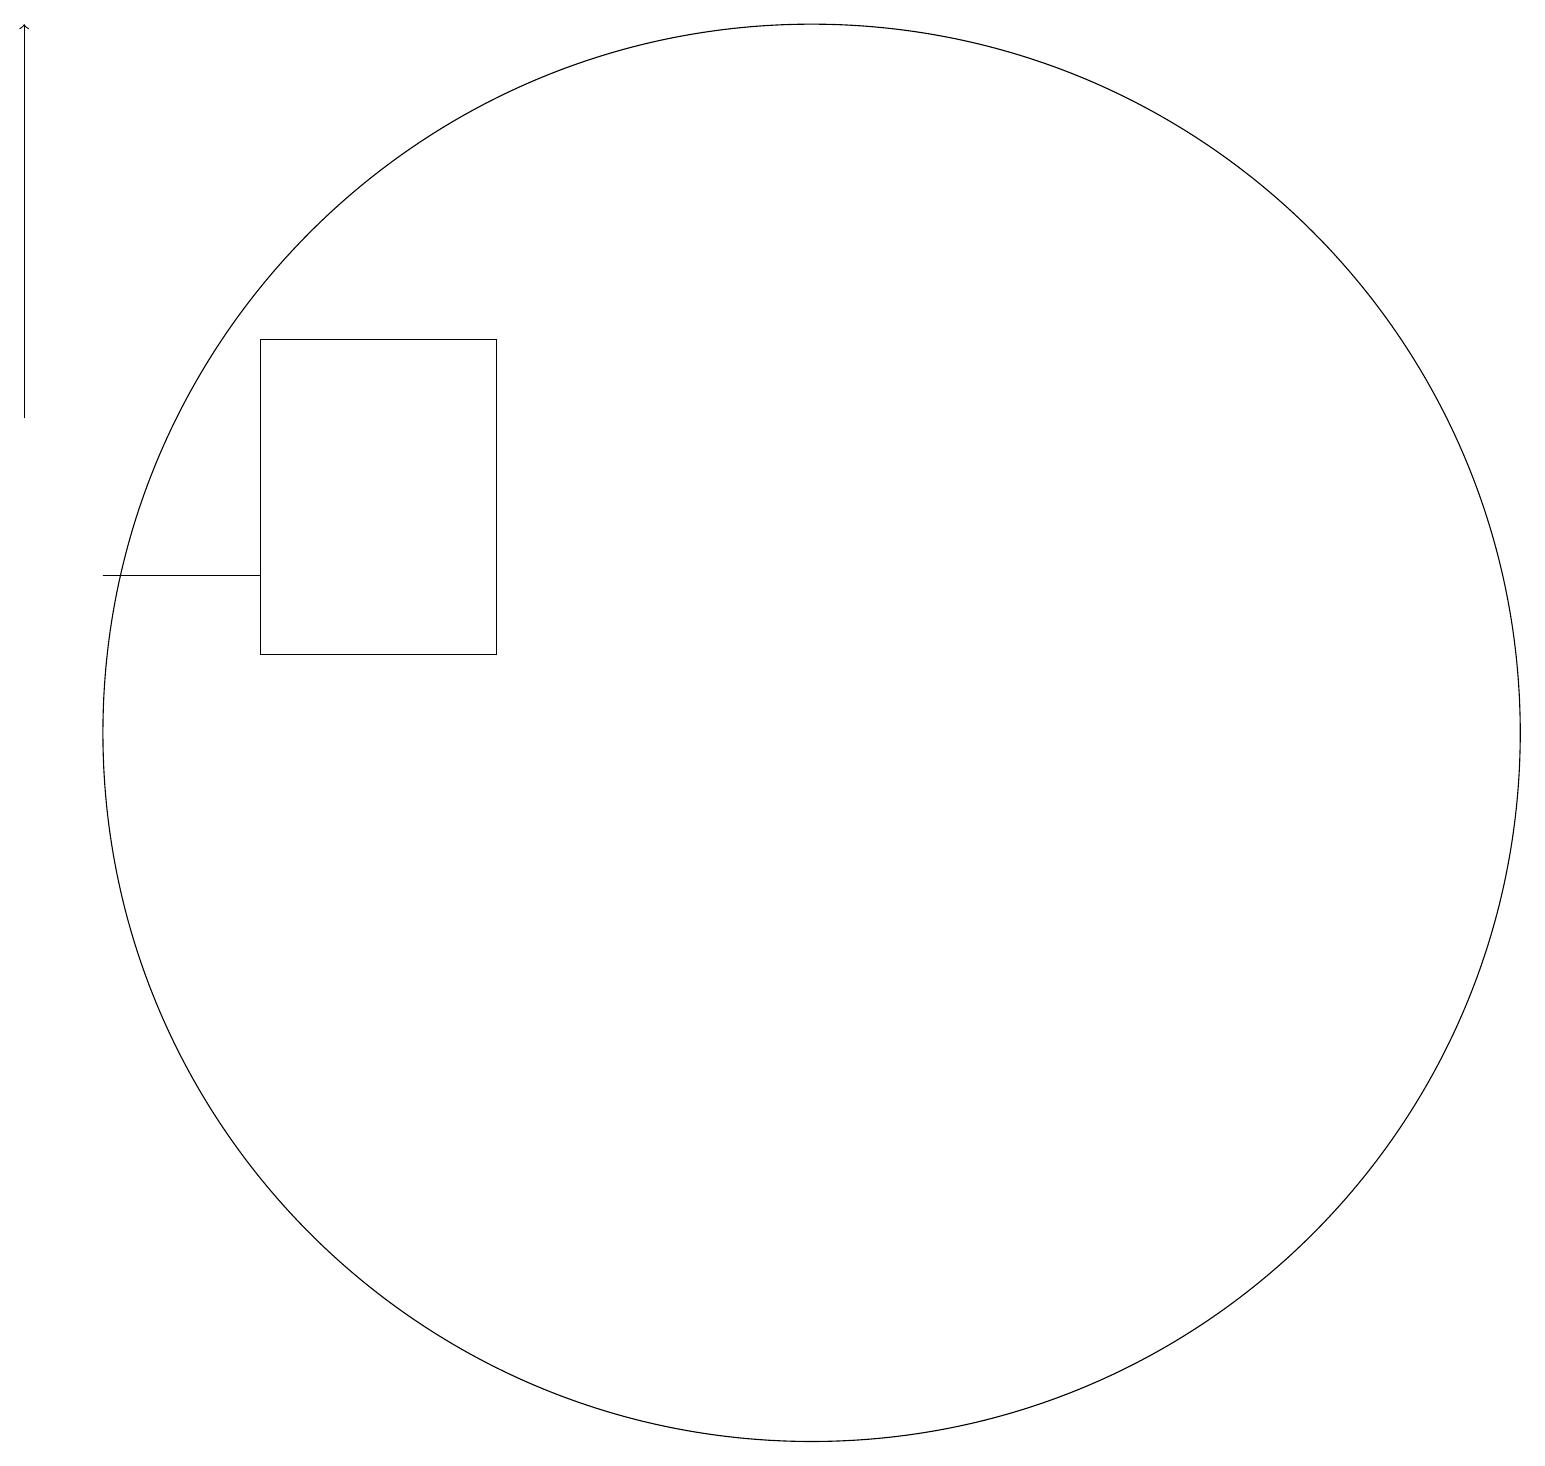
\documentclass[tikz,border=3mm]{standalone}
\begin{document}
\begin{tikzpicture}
\draw (11,10) circle (9);
\draw (4,12) rectangle (2,12);
\draw (7,15) rectangle (4,11);
\draw[->] (1,14) -- (1,19);
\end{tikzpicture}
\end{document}